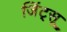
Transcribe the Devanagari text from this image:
जिंट्सू